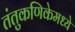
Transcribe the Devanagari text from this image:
तंतुकणिकेमध्ये